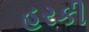
હરકી